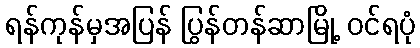
ရန်ကုန်မှအပြန် ပြွန်တန်ဆာမြို့ ဝင်ရပုံ